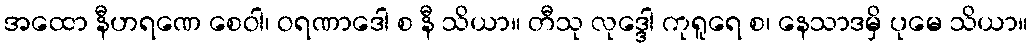
အထော နီဟရဏေ စေဝါ၊ ဝရဏာဒေါ စ နီ သိယာ။ တီသု လုဒ္ဒေါ ကုရူရေ စ၊ နေသာဒမှိ ပုမေ သိယာ။